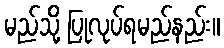
မည်သို့ ပြုလုပ်ရမည်နည်း။